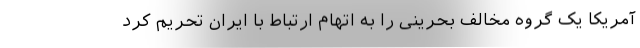
آمریکا یک گروه مخالف بحرینی را به اتهام ارتباط با ایران تحریم کرد